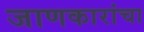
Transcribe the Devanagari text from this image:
जाणकारांचा